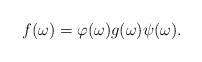
LaTeX: \begin{align*}f(\omega) = \varphi(\omega) g(\omega) \psi(\omega).\end{align*}